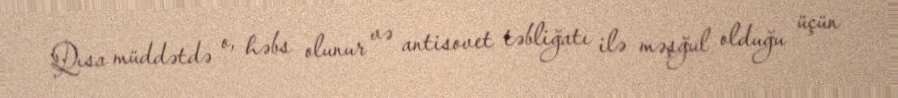
Qısa müddətdə o, həbs olunur və antisovet təbliğatı ilə məşğul olduğu üçün